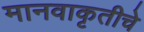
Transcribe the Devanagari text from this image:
मानवाकृतीचे